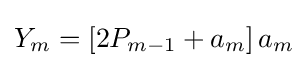
Y_{m}=\left[2P_{m-1}+a_{m}\right]a_{m}